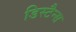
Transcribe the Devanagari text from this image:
डिस्टैन्स